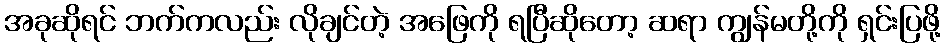
အခုဆိုရင် ဘက်ကလည်း လိုချင်တဲ့ အဖြေကို ရပြီဆိုတော့ ဆရာ ကျွန်မတို့ကို ရှင်းပြဖို့